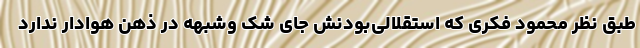
طبق نظر محمود فکری که استقلالی‌بودنش جای شک وشبهه در ذهن هوادار ندارد